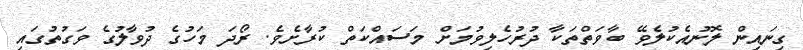
ގިނައިން ލޮނުއެކުލެވޭ ބާވަތްތަކާ ދުރުހެލިވުމަށް މަސައްކަތް ކުރާށެވެ. ރޯދަ މަހުގެ ދުވާލުގެ ވަގުތުގައި